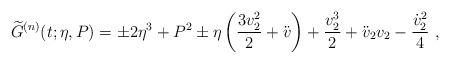
LaTeX: \begin{align*}\begin{aligned}\widetilde{G}^{(n)}(t;\eta,P)&=\pm 2\eta^3+P^2\pm \eta\left(\frac{3v_2^2}{2}+\ddot{v}\right)+\frac{v_2^3}{2}+\ddot{v}_2v_2-\frac{\dot{v}_2^2}{4}\ ,\end{aligned}\end{align*}